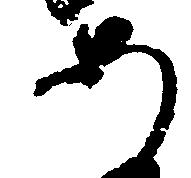
あ